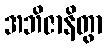
အဘိဇာနိတွာ